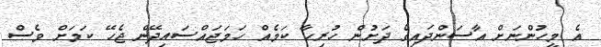
އެ މީހުންނަށް އާސަންދައިގެ ދަށުން ހުރިހާ ކަމެއް ހަމަޖައްސައިދޭން ޖެހޭ ކަމަށް ވެސް